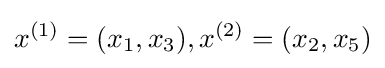
x^{(1)}=(x_{1},x_{3}),x^{(2)}=(x_{2},x_{5})